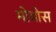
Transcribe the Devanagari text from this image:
मोबोस